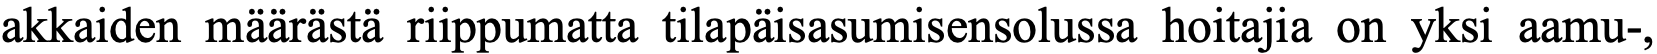
akkaiden määrästä riippumatta tilapäisasumisensolussa hoitajia on yksi aamu-,